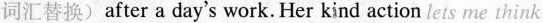
词汇替换）after a day's work.Her kind action lets me think